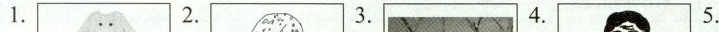
1. 2. 3. 4. 5.